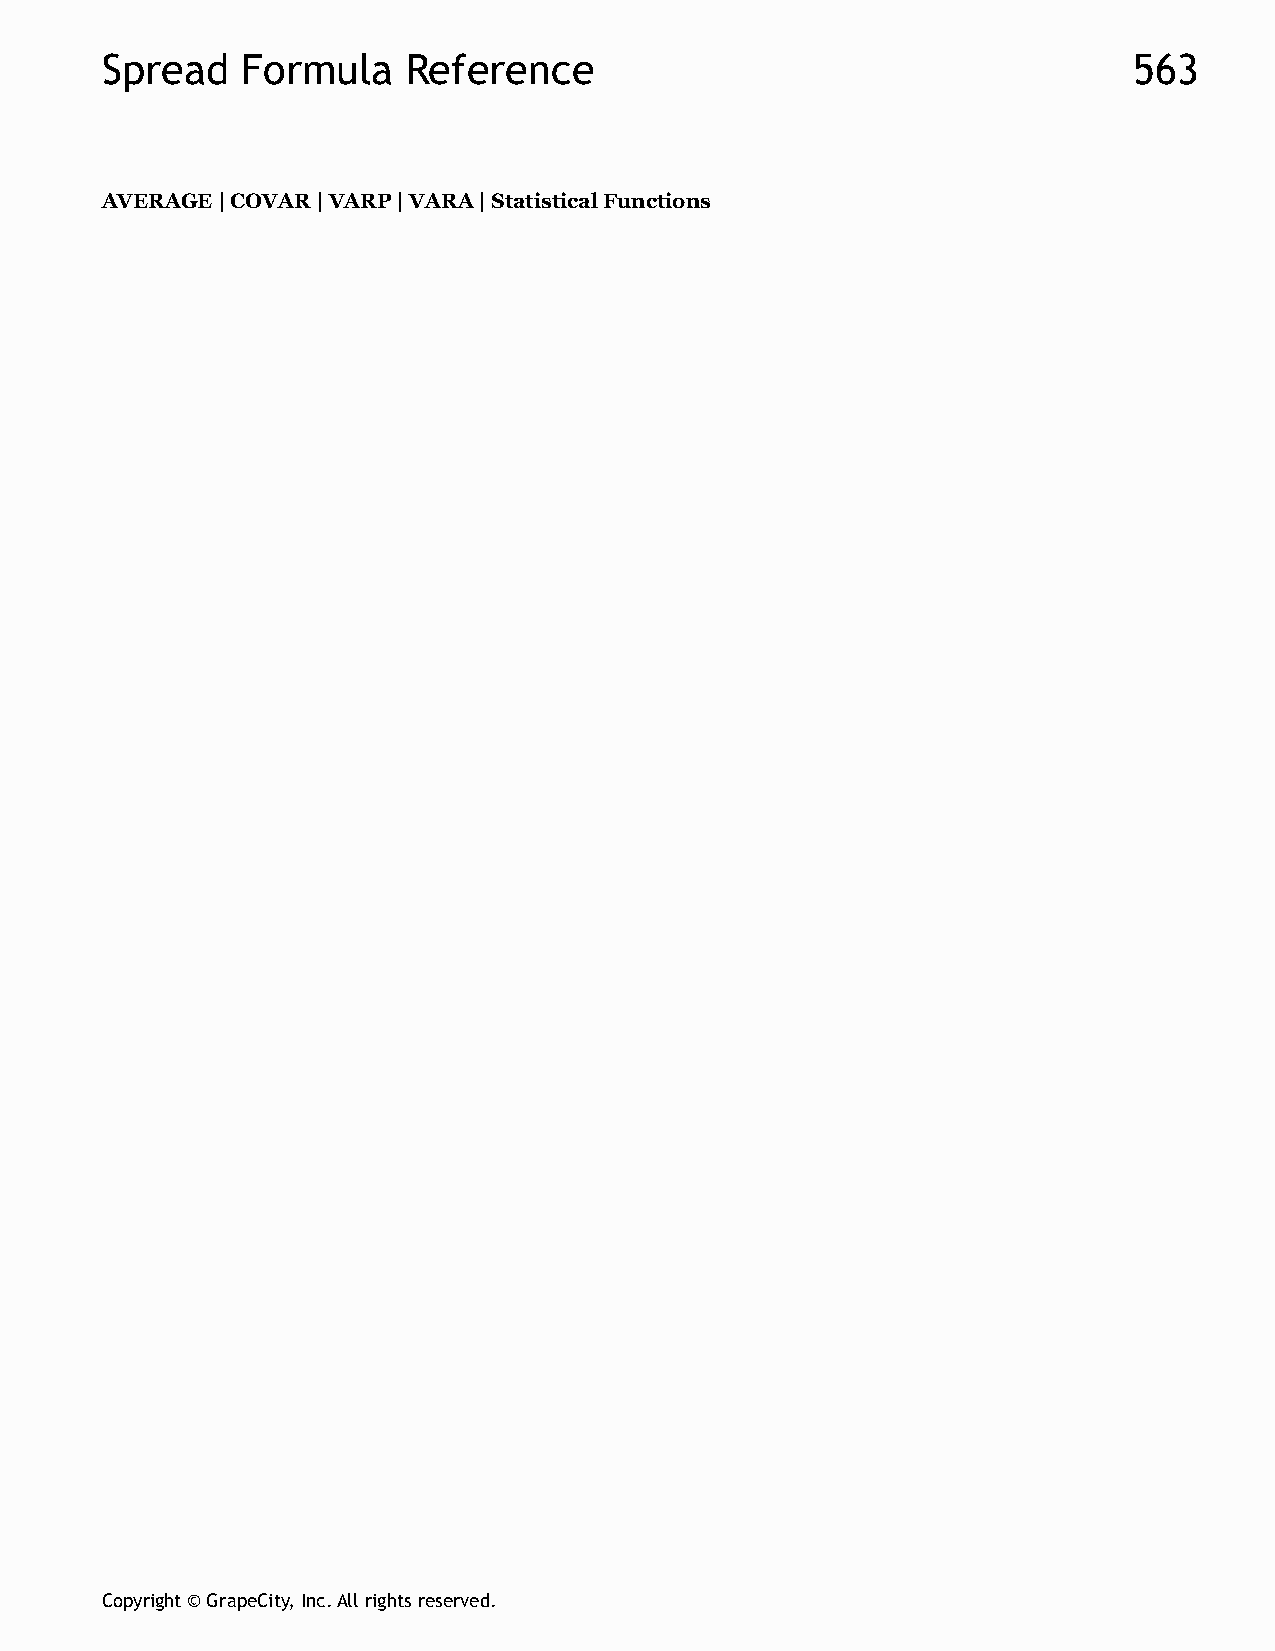
Spread   Formula    Reference                                       563
 AVERAGE | COVAR | VARP | VARA | Statistical Functions
 Copyright © GrapeCity, Inc. All rights reserved.